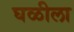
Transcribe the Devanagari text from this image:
घळीला